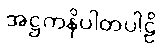
အဋ္ဌကနိပါတပါဠိ